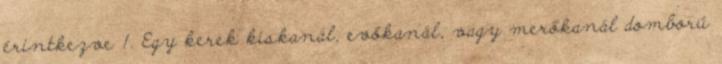
érintkezve 1. Egy kerek kiskanál, evőkanál, vagy merőkanál domború